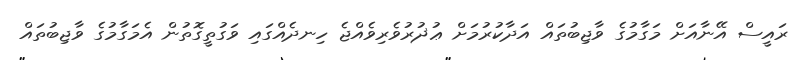
ރައީސް އޭނާއަށް މަގާމުގެ ވާޖިބުތައް އަދާކުރުމަށް ޢުޛުރުވެރިވެއްޖެ ހިނދެއްގައި ވަގުތީގޮތުން އެމަގާމުގެ ވާޖިބުތައް